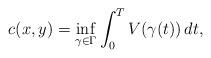
LaTeX: \begin{align*}c(x,y)=\inf_{\gamma\in\Gamma}\int_0^TV(\gamma(t))\,dt, \end{align*}